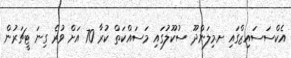
އެކްސަސައިޒްގައި ށ.މިލަންދޫ ސުކޫލުގައި މަސައްކަތް ކުރާ 70 އަށް ވުރެ ގިނަ ޓީޗަރުން